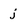
Character: j